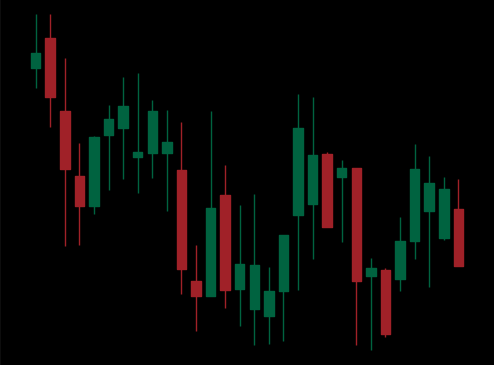
Pattern: unclassified